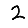
Digit: 2